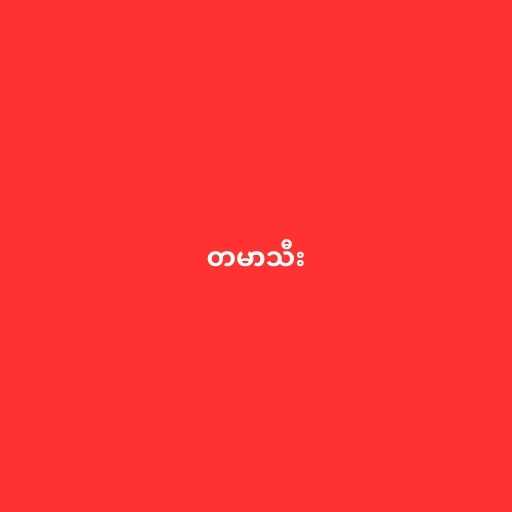
တမာသီး